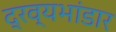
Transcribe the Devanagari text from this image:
द्रव्यभांडार